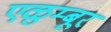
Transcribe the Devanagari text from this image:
एळुम्बूर